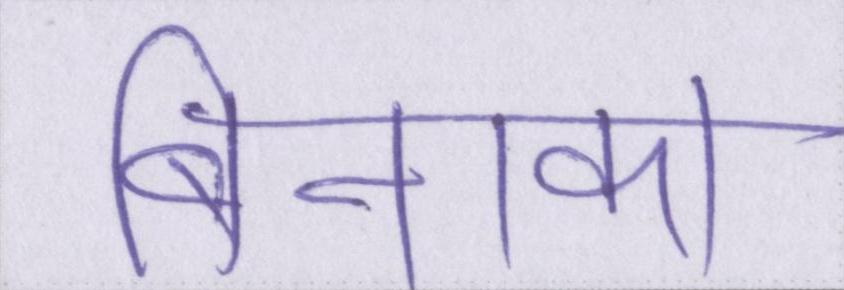
बिनाका